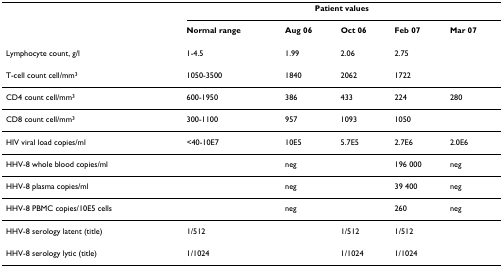
<table><thead><tr><td></td><td colspan="5"><b>Patient values</b></td></tr><tr><td></td><td><b>Normal range</b></td><td><b>Aug 06</b></td><td><b>Oct 06</b></td><td><b>Feb 07</b></td><td><b>Mar 07</b></td></tr></thead><tbody><tr><td>Lymphocyte count, g/l</td><td>1-4.5</td><td>1.99</td><td>2.06</td><td>2.75</td><td></td></tr><tr><td>T-cell count cell/mm<sup>3</sup></td><td>1050-3500</td><td>1840</td><td>2062</td><td>1722</td><td></td></tr><tr><td>CD4 count cell/mm<sup>3</sup></td><td>600-1950</td><td>386</td><td>433</td><td>224</td><td>280</td></tr><tr><td>CD8 count cell/mm<sup>3</sup></td><td>300-1100</td><td>957</td><td>1093</td><td>1050</td><td></td></tr><tr><td>HIV viral load copies/ml</td><td>&lt;40-10E7</td><td>10E5</td><td>5.7E5</td><td>2.7E6</td><td>2.0E6</td></tr><tr><td>HHV-8 whole blood copies/ml</td><td></td><td>neg</td><td></td><td>196 000</td><td>neg</td></tr><tr><td>HHV-8 plasma copies/ml</td><td></td><td>neg</td><td></td><td>39 400</td><td>neg</td></tr><tr><td>HHV-8 PBMC copies/10E5 cells</td><td></td><td>neg</td><td></td><td>260</td><td>neg</td></tr><tr><td>HHV-8 serology latent (title)</td><td>1/512</td><td></td><td>1/512</td><td>1/512</td><td></td></tr><tr><td>HHV-8 serology lytic (title)</td><td>1/1024</td><td></td><td>1/1024</td><td>1/1024</td><td></td></tr></tbody></table>